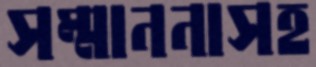
সম্মাননাসহ